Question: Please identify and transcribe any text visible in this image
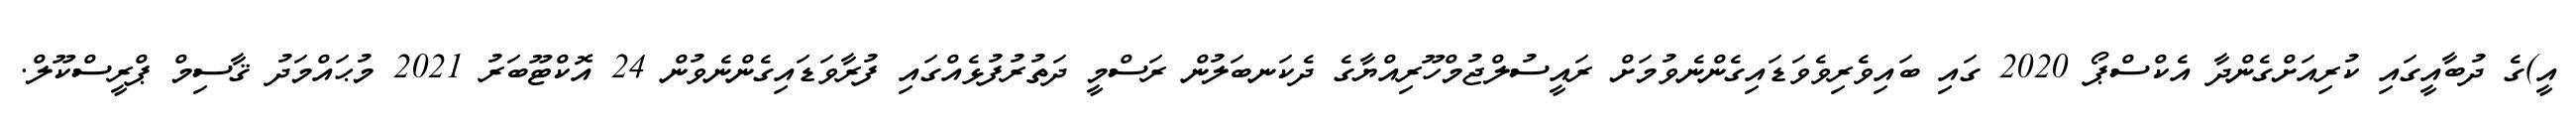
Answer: އީ)ގެ ދުބާއީގައި ކުރިއަށްގެންދާ އެކްސްޕޯ 2020 ގައި ބައިވެރިވެވަޑައިގެންނެވުމަށް ރައީސުލްޖުމްހޫރިއްޔާގެ ދެކަނބަލުން ރަސްމީ ދަތުރުފުޅެއްގައި ފުރާވަޑައިގެންނެވުން 24 އޮކްޓޫބަރު 2021 މުޙައްމަދު ޤާސިމް ޕްރީސްކޫލް.